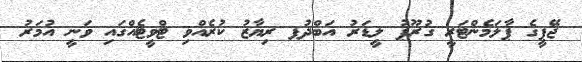
ޖޭޕީގެ ޕާލަމެންޓަރީ ގުރޫޕު ލީޑަރު އަބްދުފ ރިޔާޒު ކުރެއްވި ޓްވީޓެއްގައި ވަނީ އުމަރު